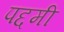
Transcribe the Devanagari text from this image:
पद्दमी